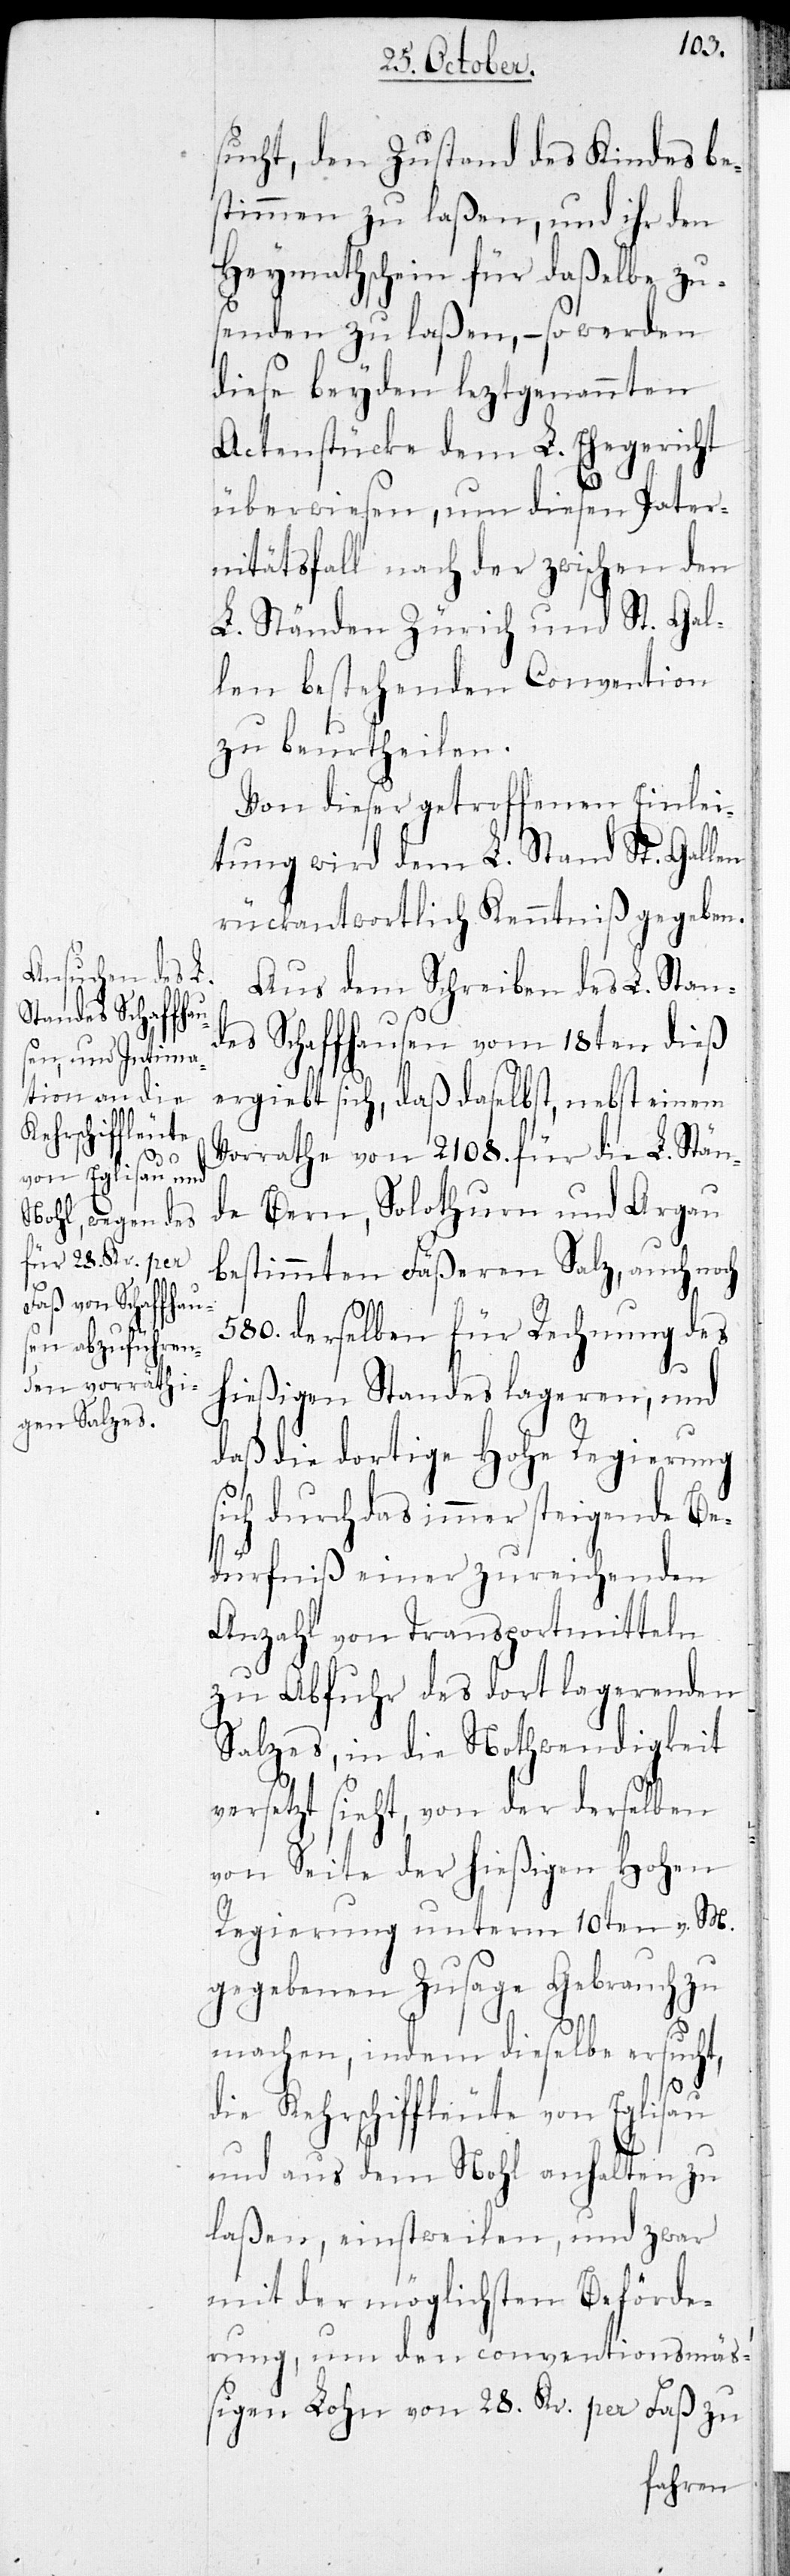
sucht, den Zustand des Kindes be¬
stimmen zu laßen, und ihr den
Heymathschein für daßelbe zu¬
senden zu laßen, – so werden
diese beyden leztgenannten
Actenstücke dem L. Ehegericht
überwiesen, um diesen Pater¬
nitätsfall nach der zwischen den
L. Ständen Zürich und St. Gal¬
len bestehenden Convention
zu beurtheilen.
Von dieser getroffenen Einlei¬
tung wird dem L. Stand St. Gallen
rückantwortlich Kenntniß gegeben.
Aus dem Schreiben des L. Stan¬
des Schaffhausen vom 18ten dieß
ergiebt sich, daß daselbst, nebst einem
Vorrathe von 2108. für die L. Stän¬
de Bern, Solothurn und Argau
bestimmten Fäßeren Salz, auch noch
580. derselben für Rechnung des
hießigen Standes lageren, und
daß die dortige Hohe Regierung
sich durch das immer steigende Be¬
dürfniß einer zureichenden
Anzahl von Transportmitteln
zu Abfuhr des dort lagerenden
Salzes, in die Nothwendigkeit
versetzt sieht, von der derselben
von Seite der hießigen Hohen
Regierung unterm 10ten v. M.
gegebenen Zusage Gebrauch zu
machen, indem dieselbe ersucht,
die Kehrschiffleute von Eglisau
und aus dem Nohl anhalten zu
laßen, einstweilen, und zwar
mit der möglichsten Beförde¬
rung, um den conventionsmäß¬
igen Lohn von 28. Kr. per Faß zu